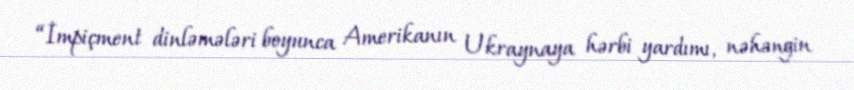
“İmpiçment dinləmələri boyunca Amerikanın Ukraynaya hərbi yardımı, nəhəngin